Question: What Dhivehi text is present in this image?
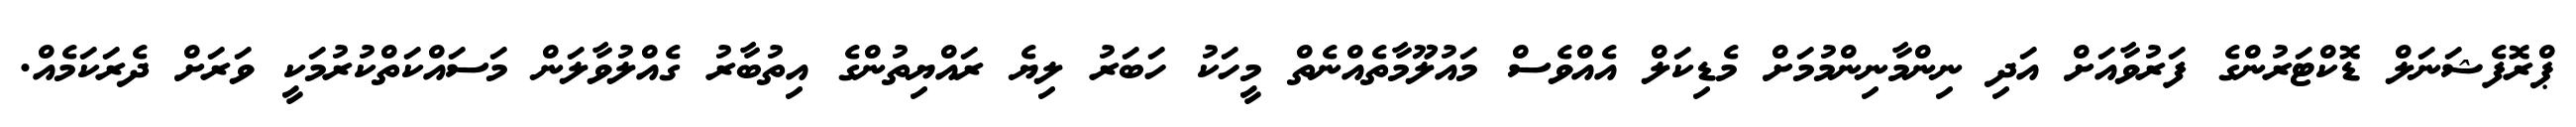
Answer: ޕްރޮފެޝަނަލް ޑޮކްޓަރުންގެ ފަރުވާއަށް އަދި ނިންމާނިންމުމަށް މެޑިކަލް އެއްވެސް މައުލޫމާތެއްނެތް މީހަކު ހަބަރު ލިޔެ ރައްޔިތުންގެ އިތުބާރު ގެއްލުވާލަން މަސައްކަތްކުރުމަކީ ވަރަށް ދެރަކަމެއް.